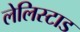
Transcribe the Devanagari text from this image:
लेलिस्टाड